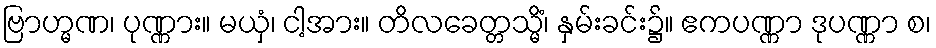
ဗြာဟ္မဏ၊ ပုဏ္ဏား။ မယှံ၊ ငါ့အား။ တိလခေတ္တသ္မိံ၊ နှမ်းခင်း၌။ ဧကပဏ္ဏာ ဒုပဏ္ဏာ စ၊